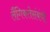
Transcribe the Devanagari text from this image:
लैंगिकतेसंबंधी